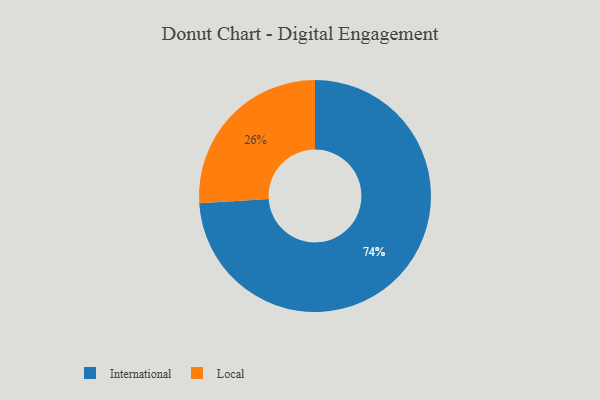
{"axis": {"x": "Category", "y": "Percentage"}, "legend": ["International", "Local"], "data": [{"x": "International", "y": 74, "type": "International"}, {"x": "Local", "y": 26, "type": "Local"}]}